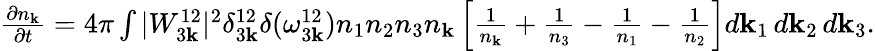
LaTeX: \begin{array}{r}{\frac{\partial n_{\mathbf k}}{\partial t}=4\pi\int|W_{3{\mathbf k}}^{12}|^{2}\delta_{3{\mathbf k}}^{12}\delta(\omega_{3{\mathbf k}}^{12})n_{1}n_{2}n_{3}n_{\mathbf k}\left[\frac{1}{n_{\mathbf k}}+\frac{1}{n_{3}}-\frac{1}{n_{1}}-\frac{1}{n_{2}}\right]d{\mathbf k}_{1}\, d{\mathbf k}_{2}\, d{\mathbf k}_{3}.}\end{array}